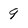
Character: 9